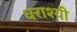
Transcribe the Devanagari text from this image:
धराश्यी